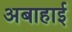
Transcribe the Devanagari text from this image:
अबाहाई